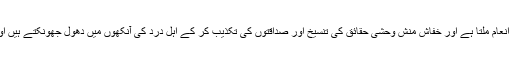
اس حادثۂ وقت کے بعد جاہل کو اس کی جہالت کا انعام ملتا ہے اور خفاش منش وحشی حقائق کی تنسیخ اور صداقتوں کی تکذیب کر کے اہل درد کی آنکھوں میں دھول جھونکتے ہیں اور اہنا الو سیدھا کرنے کی فکر میں لگے رہتے ہیں۔